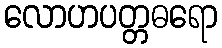
လောဟပတ္တဓရော